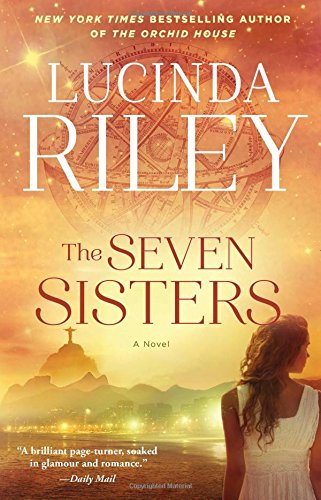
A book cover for The Seven Sisters: A Novel; Lucinda Riley; Literature & Fiction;